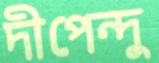
দীপেন্দু